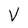
Character: V